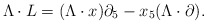
\begin{align*}\Lambda \cdot L = (\Lambda \cdot x) \partial_5 - x_5 (\Lambda \cdot \partial).\end{align*}